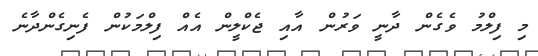
މި ފިލްމު ވެގެން ދާނީ ވަރުން އާއި ޖެކްލީން އެއް ފިލްމަކުން ފެނިގެންދާނެ